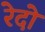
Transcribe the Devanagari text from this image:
रेदो